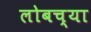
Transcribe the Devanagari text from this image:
लोबच्या